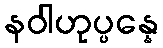
နဝါဟုပ္ပန္နေ